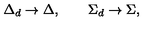
\Delta _ { d } \rightarrow \Delta , \qquad \Sigma _ { d } \rightarrow \Sigma ,